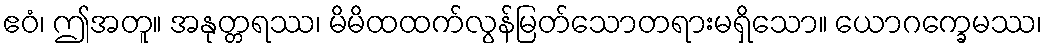
ဧဝံ၊ ဤအတူ။ အနုတ္တရဿ၊ မိမိထထက်လွန်မြတ်သောတရားမရှိသော။ ယောဂက္ခေမဿ၊